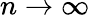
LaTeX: n\to\infty